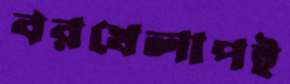
বরখেলাপই